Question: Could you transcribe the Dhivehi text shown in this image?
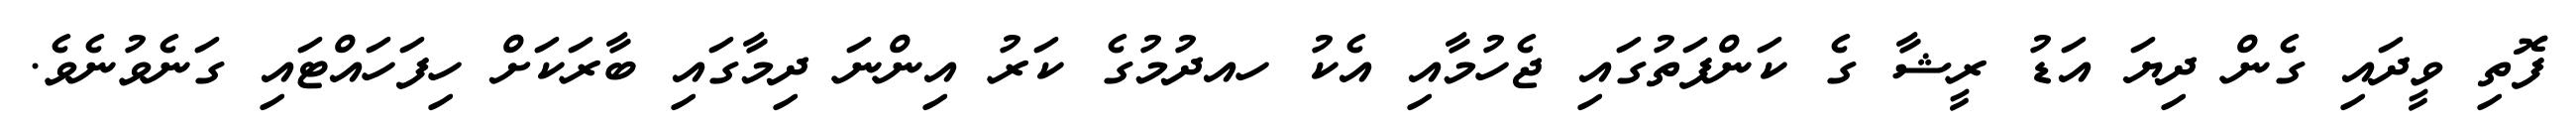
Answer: ފޮތި ވީދައި ގެން ދިޔަ އަޑު ރީޝާ ގެ ކަންފަތުގައި ޖެހުމާއި އެކު ހއދުމުގެ ކަރު އިންނަ ދިމާގައި ބާރަކަށް ހިފަހައްޓައި ގަނެވުނެވެ.